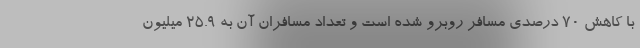
با کاهش 70 درصدی مسافر روبرو شده است و تعداد مسافران آن به 25.9 میلیون